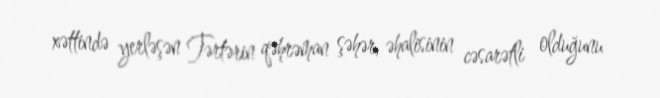
xəttində yerləşən Tərtərin qəhrəman şəhər, əhalisinin cəsarətli olduğunu